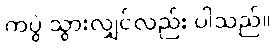
ကပွဲ သွားလျှင်လည်း ပါသည်။